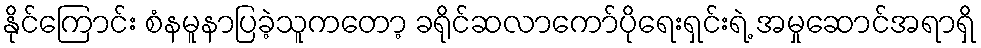
နိုင်ကြောင်း စံနမူနာပြခဲ့သူကတော့ ခရိုင်ဆလာကော်ပိုရေးရှင်းရဲ့ အမှုဆောင်အရာရှိ